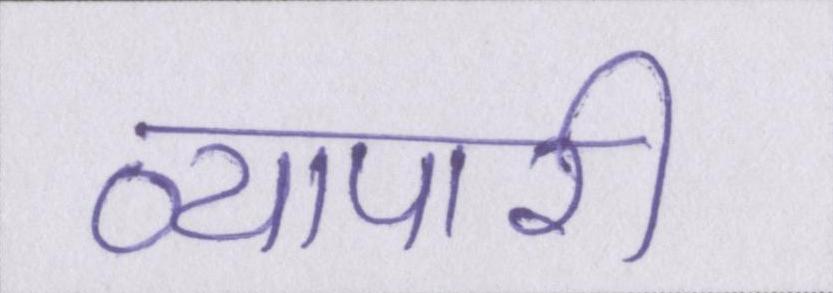
व्यापारी